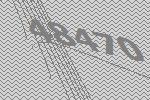
48470